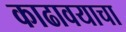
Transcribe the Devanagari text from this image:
काढावयाचा